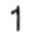
1